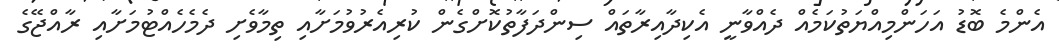
އެންމެ ބޮޑު އަހަންމިއްޔަތުކަމެއް ދެއްވާނީ އެކިދާއިރާތައް ސިންދަފާތުކޮށްގެން ކުރިއެރުވުމަށާއި ތިމާވެށި ދެމެހެއްޓުމަށާއި ރާއްޖޭގެ